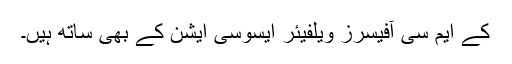
کے ایم سی آفیسرز ویلفیئر ایسوسی ایشن کے بھی ساتھ ہیں۔